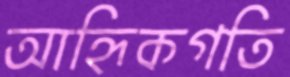
আহ্নিকগতি